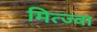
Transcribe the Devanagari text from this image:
मित्ज्वा